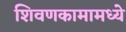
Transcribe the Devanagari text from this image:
शिवणकामामध्ये